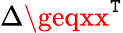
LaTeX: \Delta\geqxx^{\mathtt{T}}